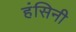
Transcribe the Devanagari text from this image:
हंसिनी